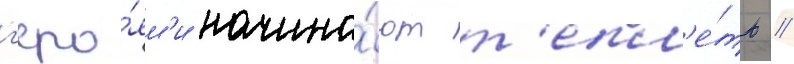
г'еро́ям'и начина́ют т'епл'е́ть //